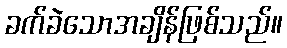
ခက်ခဲသောအချိန်ဖြစ်သည်။